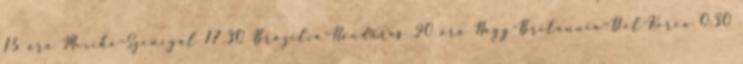
15 óra Mexikó–Szenegál 17.30 Brazília–Honduras 20 óra Nagy-Britannia–Dél-Korea 0:30